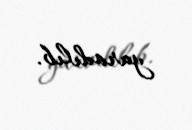
yaradılıb.